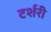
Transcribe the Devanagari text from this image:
टर्शरी